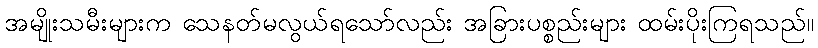
အမျိုးသမီးများက သေနတ်မလွယ်ရသော်လည်း အခြားပစ္စည်းများ ထမ်းပိုးကြရသည်။